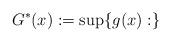
LaTeX: \begin{align*}G^*(x):= \sup \{g(x): \}\end{align*}